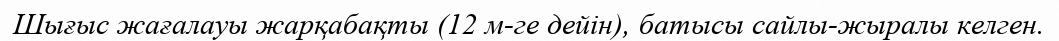
Шығыс жағалауы жарқабақты (12 м-ге дейін), батысы сайлы-жыралы келген.